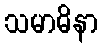
သမာဓိနာ